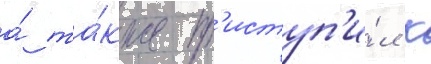
а́ та́кже пр'иступ'и́л к